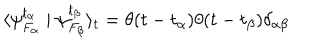
\langle \psi _ { F _ { \alpha } } ^ { t _ { \alpha } } \mid \psi _ { F _ { \beta } } ^ { t _ { \beta } } \rangle _ { t } = \theta ( t - t _ { \alpha } ) \theta ( t - t _ { \beta } ) \delta _ { \alpha \beta }